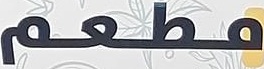
مطعم